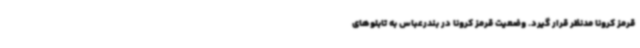
قرمز کرونا مدنظر قرار گیرد. وضعیت قرمز کرونا در بندرعباس به تابلوهای